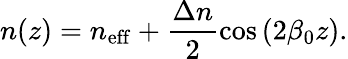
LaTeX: n(z)=n_{\mathrm{eff}}+\frac{\Delta n}{2}\cos\left(2\beta_{0}z\right).